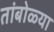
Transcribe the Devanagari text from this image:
तांबोळ्या